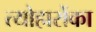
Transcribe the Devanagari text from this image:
त्योहारोंका